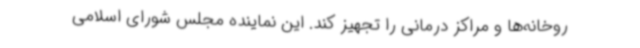
روخانه‌ها و مراکز درمانی را تجهیز کند. این نماینده مجلس شورای اسلامی